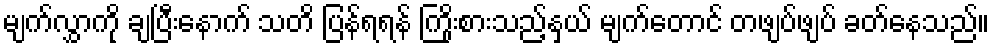
မျက်လွှာကို ချပြီးနောက် သတိ ပြန်ရရန် ကြိုးစားသည့်နှယ် မျက်တောင် တဖျပ်ဖျပ် ခတ်နေသည်။